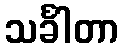
သင်္ခါတာ